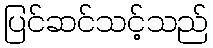
ပြင်ဆင်သင့်သည်